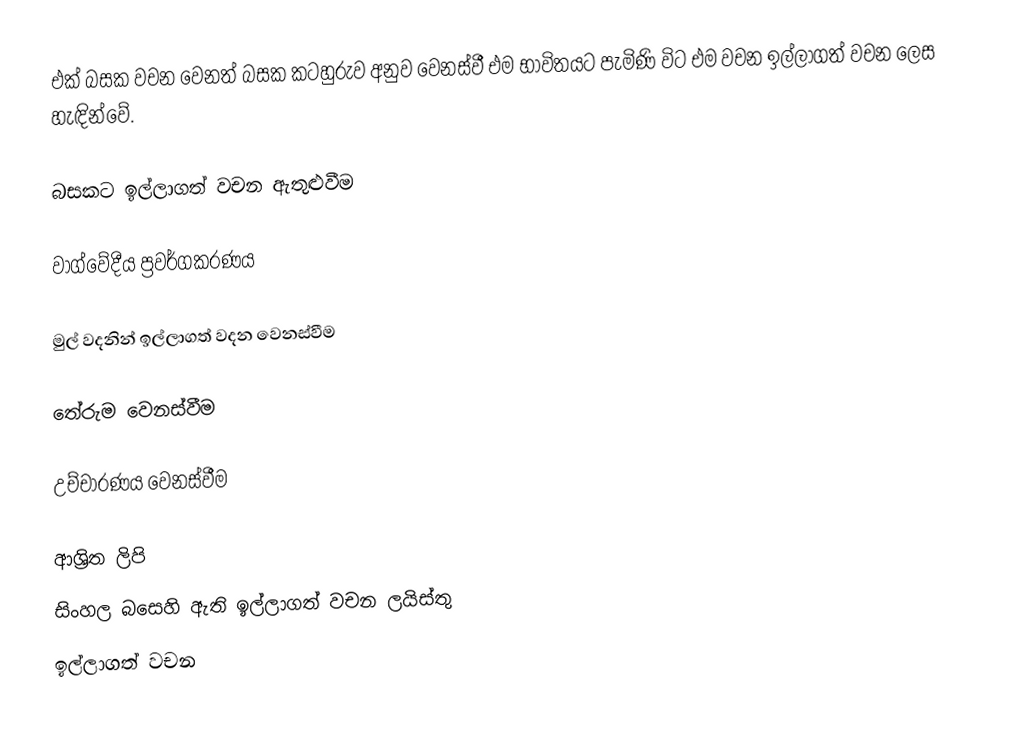
එක් බසක වචන වෙනත් බසක කටහුරුව අනුව වෙනස්වී එම භාවිතයට පැමිණි විට එම වචන ඉල්ලාගත් වචන ලෙස හැඳින්වේ.

බසකට ඉල්ලාගත් වචන ඇතුළුවීම

වාග්වේදීය ප්‍රවර්ගකරණය

මුල් වදනින් ඉල්ලාගත් වදන වෙනස්වීම

තේරුම වෙනස්වීම

උච්චාරණය වෙනස්වීම

ආශ්‍රිත ලිපි
 සිංහල බසෙහි ඇති ඉල්ලාගත් වචන ලයිස්තු
ඉල්ලාගත් වචන